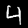
Label: 4